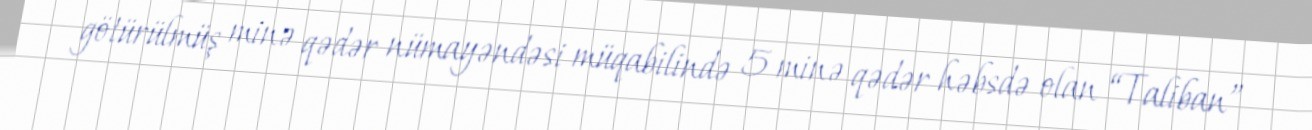
götürülmüş minə qədər nümayəndəsi müqabilində 5 minə qədər həbsdə olan “Taliban”